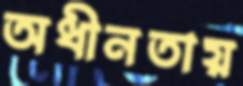
অধীনতায়